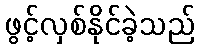
ဖွင့်လှစ်နိုင်ခဲ့သည်